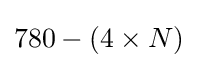
780-(4\times N)